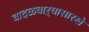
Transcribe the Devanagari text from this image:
वादळवाऱ्यासारखे